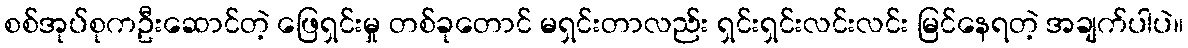
စစ်အုပ်စုကဦးဆောင်တဲ့ ဖြေရှင်းမှု တစ်ခုတောင် မရှင်းတာလည်း ရှင်းရှင်းလင်းလင်း မြင်နေရတဲ့ အချက်ပါပဲ။